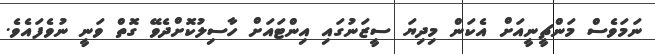
ނަމަވެސް މަންޗީނީއަށް އެކަން މިދިޔަ ސީޒަނުގައި އިންޓައަށް ހާސިލުކޮށްދެވޭ ގޮތް ވަނީ ނުވެފައެވެ.